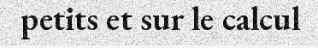
petits et sur le calcul